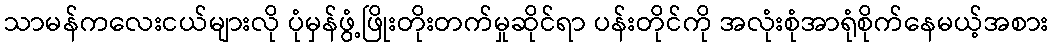
သာမန်ကလေးငယ်များလို ပုံမှန်ဖွံ့ဖြိုးတိုးတက်မှုဆိုင်ရာ ပန်းတိုင်ကို အလုံးစုံအာရုံစိုက်နေမယ့်အစား